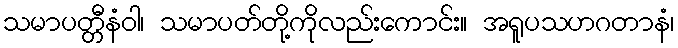
သမာပတ္တီနံဝါ၊ သမာပတ်တို့ကိုလည်းကောင်း။ အရူပသဟဂတာနံ၊